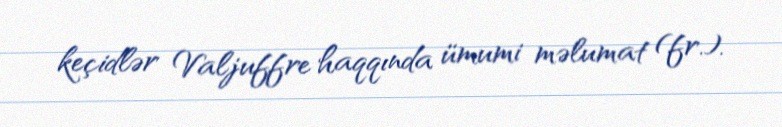
keçidlər Valjuffre haqqında ümumi məlumat (fr.).